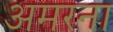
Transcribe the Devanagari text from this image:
अमरना